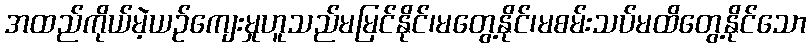
အထည်ကိုယ်မဲ့ယဉ်ကျေးမှုဟူသည်မမြင်နိုင်၊မတွေ့နိုင်၊မစမ်းသပ်မထိတွေ့နိုင်သော